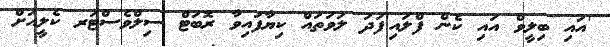
'އައި ބިލީވް އައި ކެން ފްލައި'ފަދަ ލަވަތައް ކިޔާފައިވާ ރޮބަޓް ސިލްވެސްޓަރ ކެލީއަށް